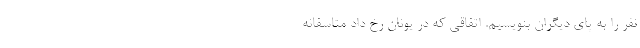
نفر را به پای دیگران بنویسیم. اتفاقی که در یونان رخ داد متاسفانه